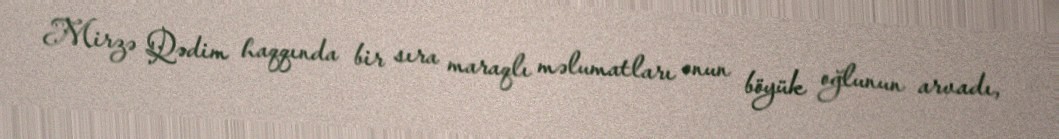
Mirzə Qədim haqqında bir sıra maraqlı məlumatları onun böyük oğlunun arvadı,